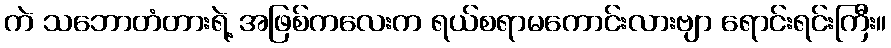
ကဲ သဘောတံတားရဲ့ အဖြစ်ကလေးက ရယ်စရာမကောင်းလားဗျာ ရောင်းရင်းကြီး။